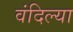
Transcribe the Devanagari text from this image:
वंदिल्या